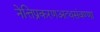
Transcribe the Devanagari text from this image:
नेत्तिप्रकरणअत्थसंवण्णा